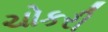
ચોકરી